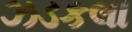
ઝડકલા